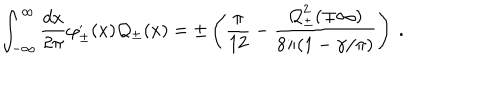
\displaystyle \int _ { - \infty } ^ { \infty } \frac { d x } { 2 \pi } \varphi _ { \pm } ^ { , } ( x ) { \cal Q } _ { \pm } ( x ) = \pm \left( \frac { \pi } { 1 2 } - \frac { { \cal Q } _ { \pm } ^ { 2 } ( \mp \infty ) } { 8 \pi ( 1 - \gamma / \pi ) } \right) \: .